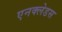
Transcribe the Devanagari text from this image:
एनक्लेडस